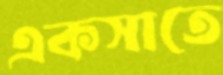
একসাতে